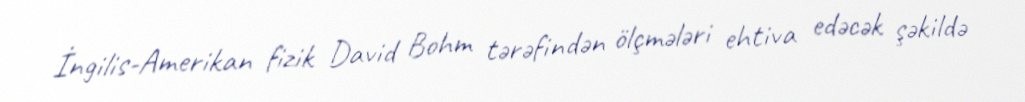
İngilis-Amerikan fizik David Bohm tərəfindən ölçmələri ehtiva edəcək şəkildə